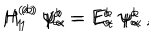
H _ { 1 } ^ { ( a ) } \; \psi _ { \alpha } ^ { a } = E _ { \alpha } ^ { a } \; \psi _ { \alpha } ^ { a } \; , \hspace { 1 c m } H _ { 1 } ^ { ( b ) } \; \psi _ { \alpha } ^ { b } = E _ { \alpha } ^ { b } \; \psi _ { \alpha } ^ { b }